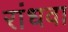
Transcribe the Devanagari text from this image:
रांधवा